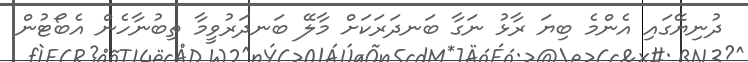
ދުނިޔޭގައި އެންމެ ބިޔަ ރާޅު ނަގާ ބަނދަރަކަށް މާލޭ ބަނދަރުވީމާ ތިބުނާހެން އެބޯޓުން